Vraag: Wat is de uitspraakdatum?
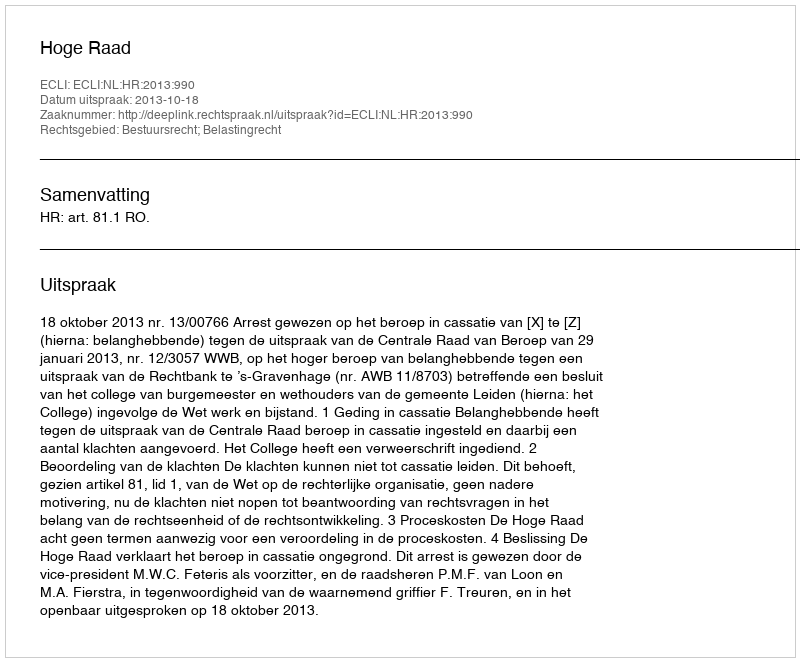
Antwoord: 2013-10-18